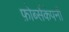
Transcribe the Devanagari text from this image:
फ़ोर्ब्सकंपनी